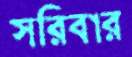
সরিবার